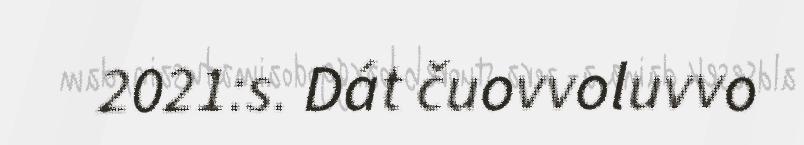
2021:s. Dát čuovvoluvvo